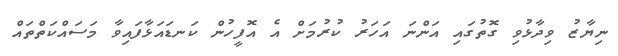
ނިޔާޒު ވިދާޅުވި ގޮތުގައި އަންނަ އަހަރު ކުރުމަށް އެ އޮފީހުން ކަނޑައަޅާފައިވާ މަސައްކަތްތައް